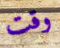
وقت